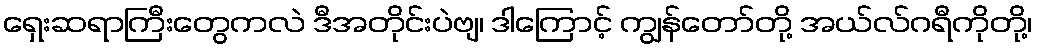
ရှေးဆရာကြီးတွေကလဲ ဒီအတိုင်းပဲဗျ၊ ဒါကြောင့် ကျွန်တော်တို့ အယ်လ်ဂရီကိုတို့၊